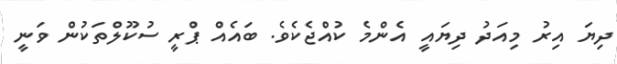
ދިޔަ އިރު މިއަދު ދިޔައީ އެންމެ ކުއްޖެކެވެ. ބައެއް ޕްރީ ސުކޫލްތަކުން ވަނީ